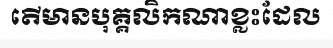
តើមានបុគ្គលិកណាខ្លះដែល